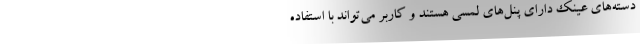
دسته‌های عینک دارای پنل‌های لمسی هستند و کاربر می‌تواند با استفاده